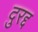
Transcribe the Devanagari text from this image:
दुरद्द